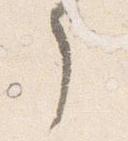
了